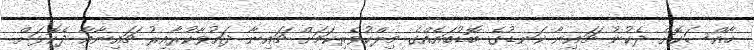
ޚާއްސަކޮށް ދެކުނު ޗައިނާ ކަނޑުގެ ބޮޑުބައެއްގެ މިލްކުވެރިކަމަށް ޗައިނާ ދައުވާކުރާއިރު ޗައިނާއާ ދެކޮޅަށް